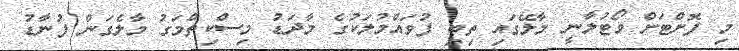
މި ފޮށްޓަށް ވޯޓުލާނީ މާލޭގައި ތިބި ފުވައްމުލަކުގެ މާދަޑު މިސްކިތްމަގު މާލެގަން ފުނާޑު